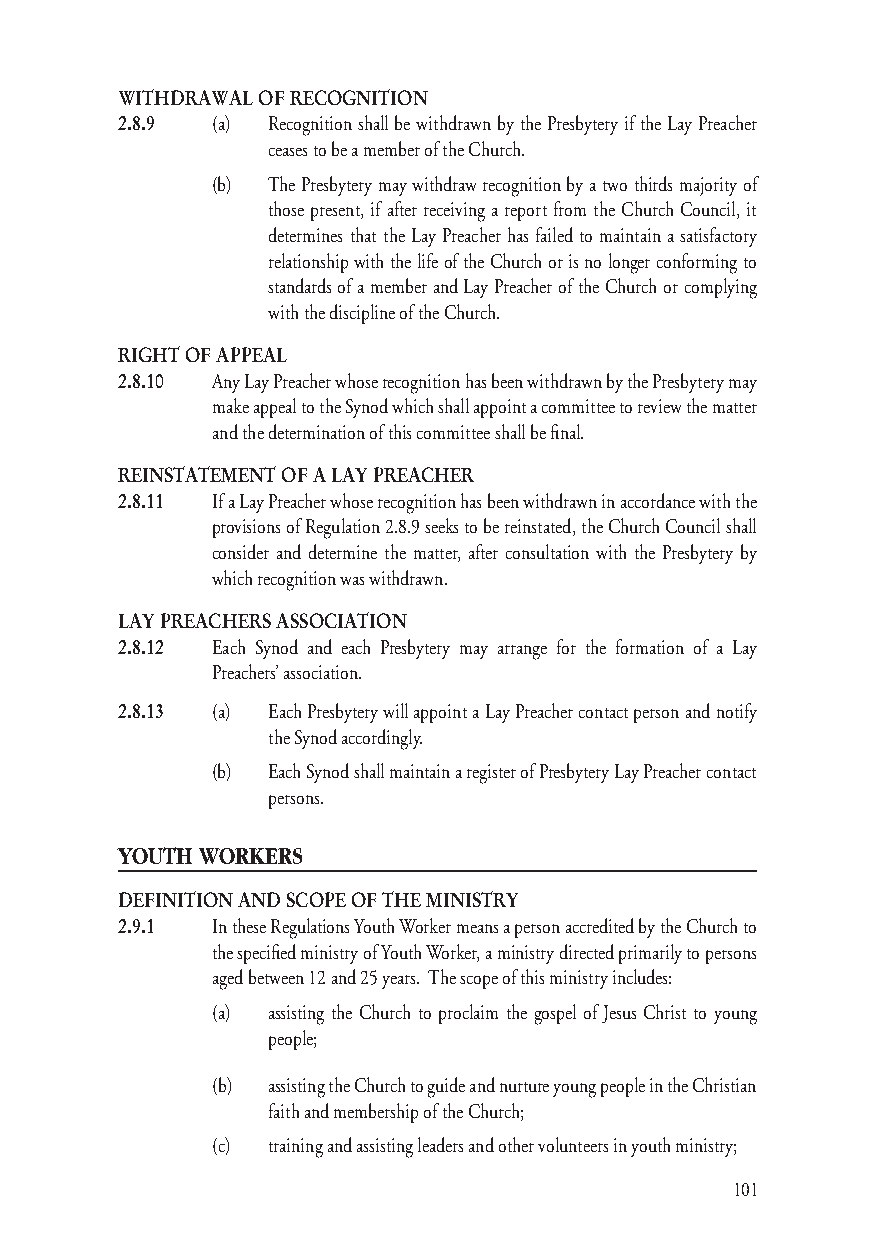
WITHDRAWAL OF RECOGNITION
 2.8.9 (a) Recognition shall be withdrawn by the Presbytery if the Lay Preacher
 ceases to be a member of the Church.
 (b) The Presbytery may withdraw recognition by a two thirds majority of
 those present, if after receiving a report from the Church Council, it
 determines that the Lay Preacher has failed to maintain a satisfactory
 relationship with the life of the Church or is no longer conforming to
 standards of a member and Lay Preacher of the Church or complying
 with the discipline of the Church.
 RIGHT OF APPEAL
 2.8.10 Any Lay Preacher whose recognition has been withdrawn by the Presbytery may
 make appeal to the Synod which shall appoint a committee to review the matter
 and the determination of this committee shall be fi nal.
 REINSTATEMENT OF A LAY PREACHER
 2.8.11 If a Lay Preacher whose recognition has been withdrawn in accordance with the
 provisions of Regulation 2.8.9 seeks to be reinstated, the Church Council shall
 consider and determine the matter, after consultation with the Presbytery by
 which recognition was withdrawn.
 LAY PREACHERS ASSOCIATION
 2.8.12 Each Synod and each Presbytery may arrange for the formation of a Lay
 Preachers’ association.
 2.8.13 (a) Each Presbytery will appoint a Lay Preacher contact person and notify
 the Synod accordingly.
 (b) Each Synod shall maintain a register of Presbytery Lay Preacher contact
 persons.
 YOUTH WORKERS
 DEFINITION AND SCOPE OF THE MINISTRY
 2.9.1 In these Regulations Youth Worker means a person accredited by the Church to
 the specifi ed ministry of Youth Worker, a ministry directed primarily to persons
 aged between 12 and 25 years. The scope of this ministry includes:
 (a) assisting the Church to proclaim the gospel of Jesus Christ to young
 people;
 (b) assisting the Church to guide and nurture young people in the Christian
 faith and membership of the Church;
 (c) training and assisting leaders and other volunteers in youth ministry;
 101